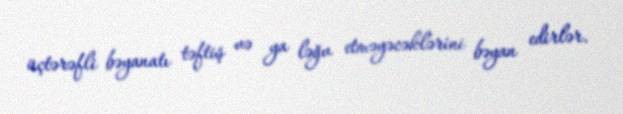
üçtərəfli bəyanatı təftiş və ya ləğv etməyəcəklərini bəyan edirlər.